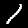
Label: 1